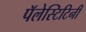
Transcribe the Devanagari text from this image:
पॅलेस्टिटिनी